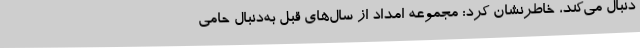
دنبال می‌کند، خاطرنشان کرد: مجموعه امداد از سال‌های قبل به‌دنبال حامی